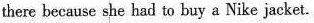
there because she had to buy a Nike jacket.